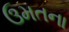
ઉમતના